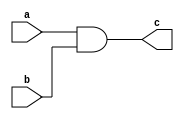
module con_assg(a,b,c);
  input a,b;
  output c;
  assign c=a&b;
endmodule